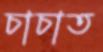
চাচাত